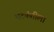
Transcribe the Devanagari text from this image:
भटकंतीला